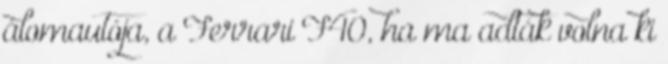
álomautója, a Ferrari F40, ha ma adták volna ki